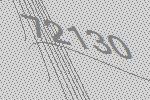
72130